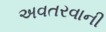
અવતરવાની